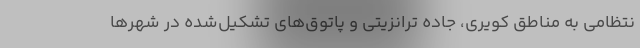
نتظامی به مناطق کویری، جاده ترانزیتی و پاتوق‌های تشکیل‌شده در شهرها